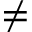
\neq